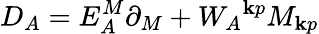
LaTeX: D_{A}=E_{A}^{M}\partial_{M}+{W_{A}}^{\mathbf{k}p}M_{\mathbf{k}p}